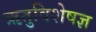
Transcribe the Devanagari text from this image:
ऋतुविशेषज्ञ